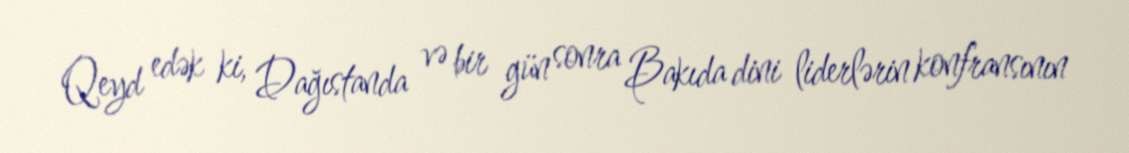
Qeyd edək ki, Dağıstanda və bir gün sonra Bakıda dini liderlərin konfransının